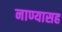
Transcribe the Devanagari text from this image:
नाण्यासह